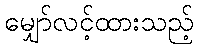
မျှော်လင့်ထားသည့်